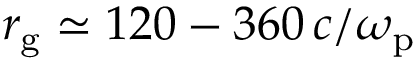
r _ { \mathrm { g } } \simeq 1 2 0 - 3 6 0 \, c / \omega _ { \mathrm { p } }